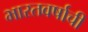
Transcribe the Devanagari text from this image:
भारतवर्षाची